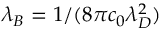
\lambda _ { B } = 1 / ( 8 \pi c _ { 0 } \lambda _ { D } ^ { 2 } )